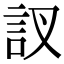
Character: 訍